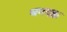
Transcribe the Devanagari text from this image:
धमदहा